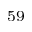
^ { 5 9 }